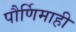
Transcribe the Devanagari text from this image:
पौर्णिमाही